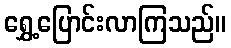
ရွှေ့ပြောင်းလာကြသည်။